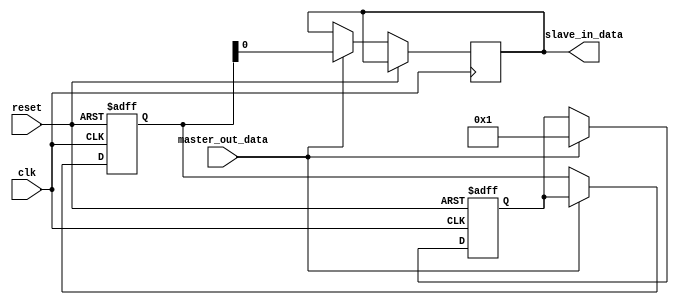
module SPI_controller (
    input wire clk,
    input wire reset,
    input wire master_out_data,
    output reg slave_in_data
);

reg [7:0] data_reg;
reg [7:0] sync_reg;

always @(posedge clk or posedge reset) begin
    if (reset) begin
        data_reg <= 8'b0;
        sync_reg <= 8'b0;
    end else begin
        // Timing control units to generate clock signals
        // Synchronization blocks to manage flow of data
        // Implement SPI bus protocol timing
        // Ensure data is transmitted and received in correct order
        // Ensure correct timing intervals
        
        // Read and write data to slave devices
        if (master_out_data) begin
            slave_in_data <= sync_reg;
            sync_reg <= data_reg;
            data_reg <= master_out_data;
        end
    end
end

endmodule